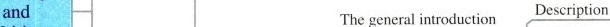
and The general introduction Description